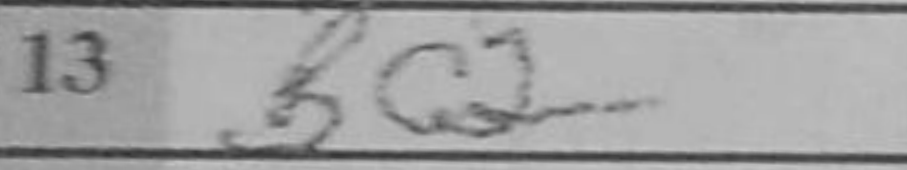
Transcription: Bc2